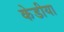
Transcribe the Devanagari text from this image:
केडीया